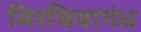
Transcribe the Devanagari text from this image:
मिरचियागंध